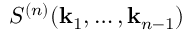
S ^ { ( n ) } ( \mathbf { k } _ { 1 } , \ldots , \mathbf { k } _ { n - 1 } )